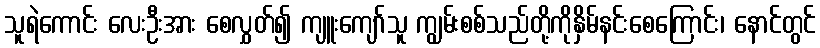
သူရဲကောင်း လေးဦးအား စေလွှတ်၍ ကျူးကျော်သူ ကျွမ်းစစ်သည်တို့ကိုနှိမ်နင်းစေကြောင်း၊ နောင်တွင်